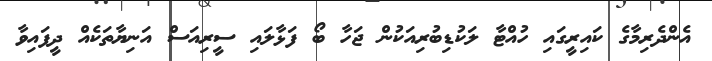
އެންދެރިމާގެ ކައިރީގައި ހުއްޓާ ލަކުޑިބުރިއަކުން ޖަހާ ބޯ ފަޅާލައި ސީރިއަސް އަނިޔާތަކެއް ދީފައިވާ